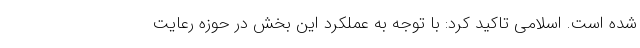
شده است. اسلامی تاکید کرد: با توجه به عملکرد این بخش در حوزه رعایت